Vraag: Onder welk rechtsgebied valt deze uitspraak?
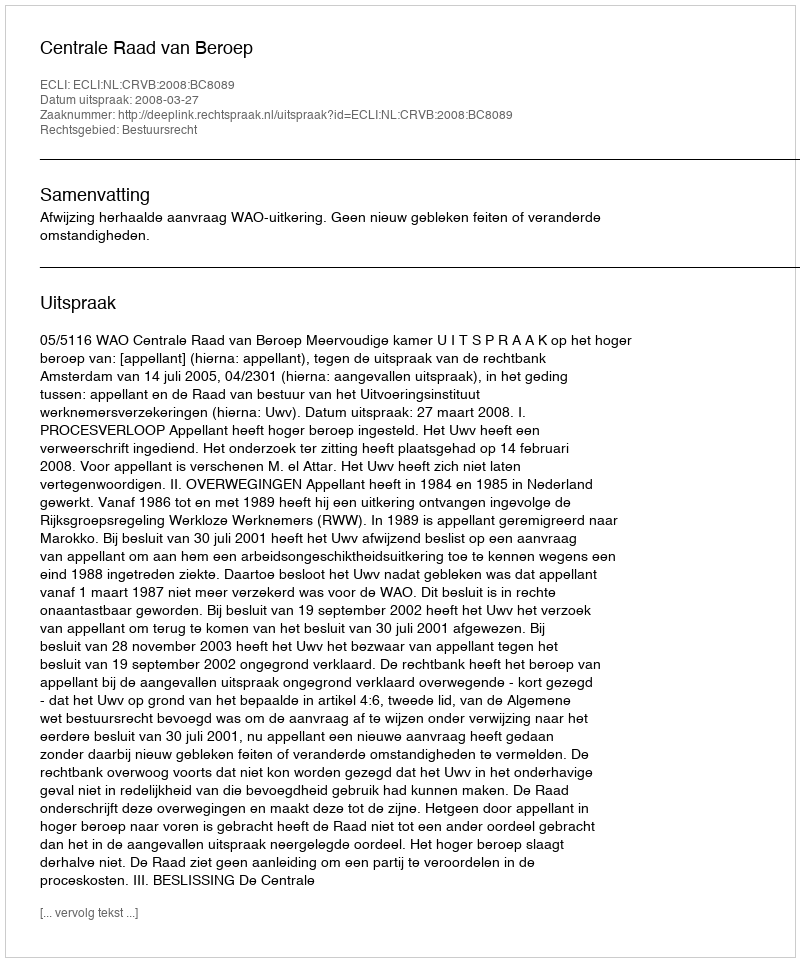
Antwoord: Bestuursrecht